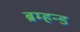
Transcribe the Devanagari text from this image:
ब्रम्हन्ड